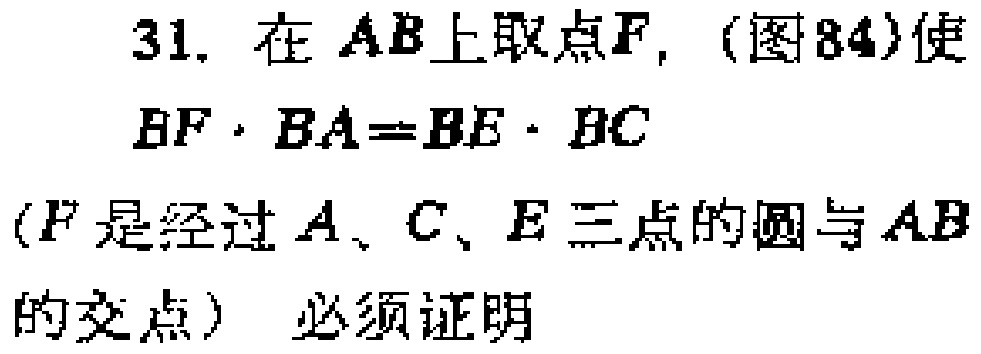
31. 在 \(AB\) 上取点 \(F\)，(图84)使
\[
BF\cdot BA = BE\cdot BC
\]
(\(F\) 是经过 \(A\)、\(C\)、\(E\) 三点的圆与 \(AB\) 的交点) 必须证明